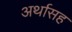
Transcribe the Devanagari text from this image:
अर्थासह